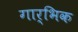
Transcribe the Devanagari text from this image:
गार्भिक